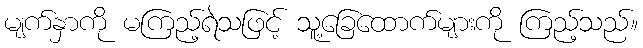
မျက်နှာကို မကြည့်ရဲသဖြင့် သူ့ခြေထောက်များကို ကြည့်သည်။